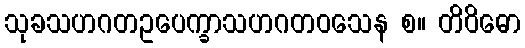
သုခသဟဂတဥပေက္ခာသဟဂတဝသေန စ။ တိဝိဓော